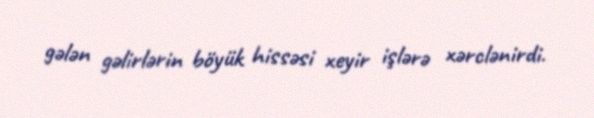
gələn gəlirlərin böyük hissəsi xeyir işlərə xərclənirdi.